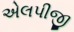
એલપીજી